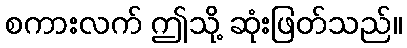
စကားလက် ဤသို့ ဆုံးဖြတ်သည်။